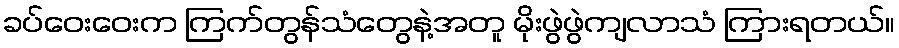
ခပ်ဝေးဝေးက ကြက်တွန်သံတွေနဲ့အတူ မိုးဖွဲဖွဲကျလာသံ ကြားရတယ်။